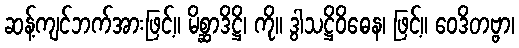
ဆန့်ကျင်ဘက်အားဖြင့်။ မိစ္ဆာဒိဋ္ဌိ၊ ကို။ ဒွါသဋ္ဌိဝိဓေန၊ ဖြင့်။ ဝေဒိတဗ္ဗာ၊